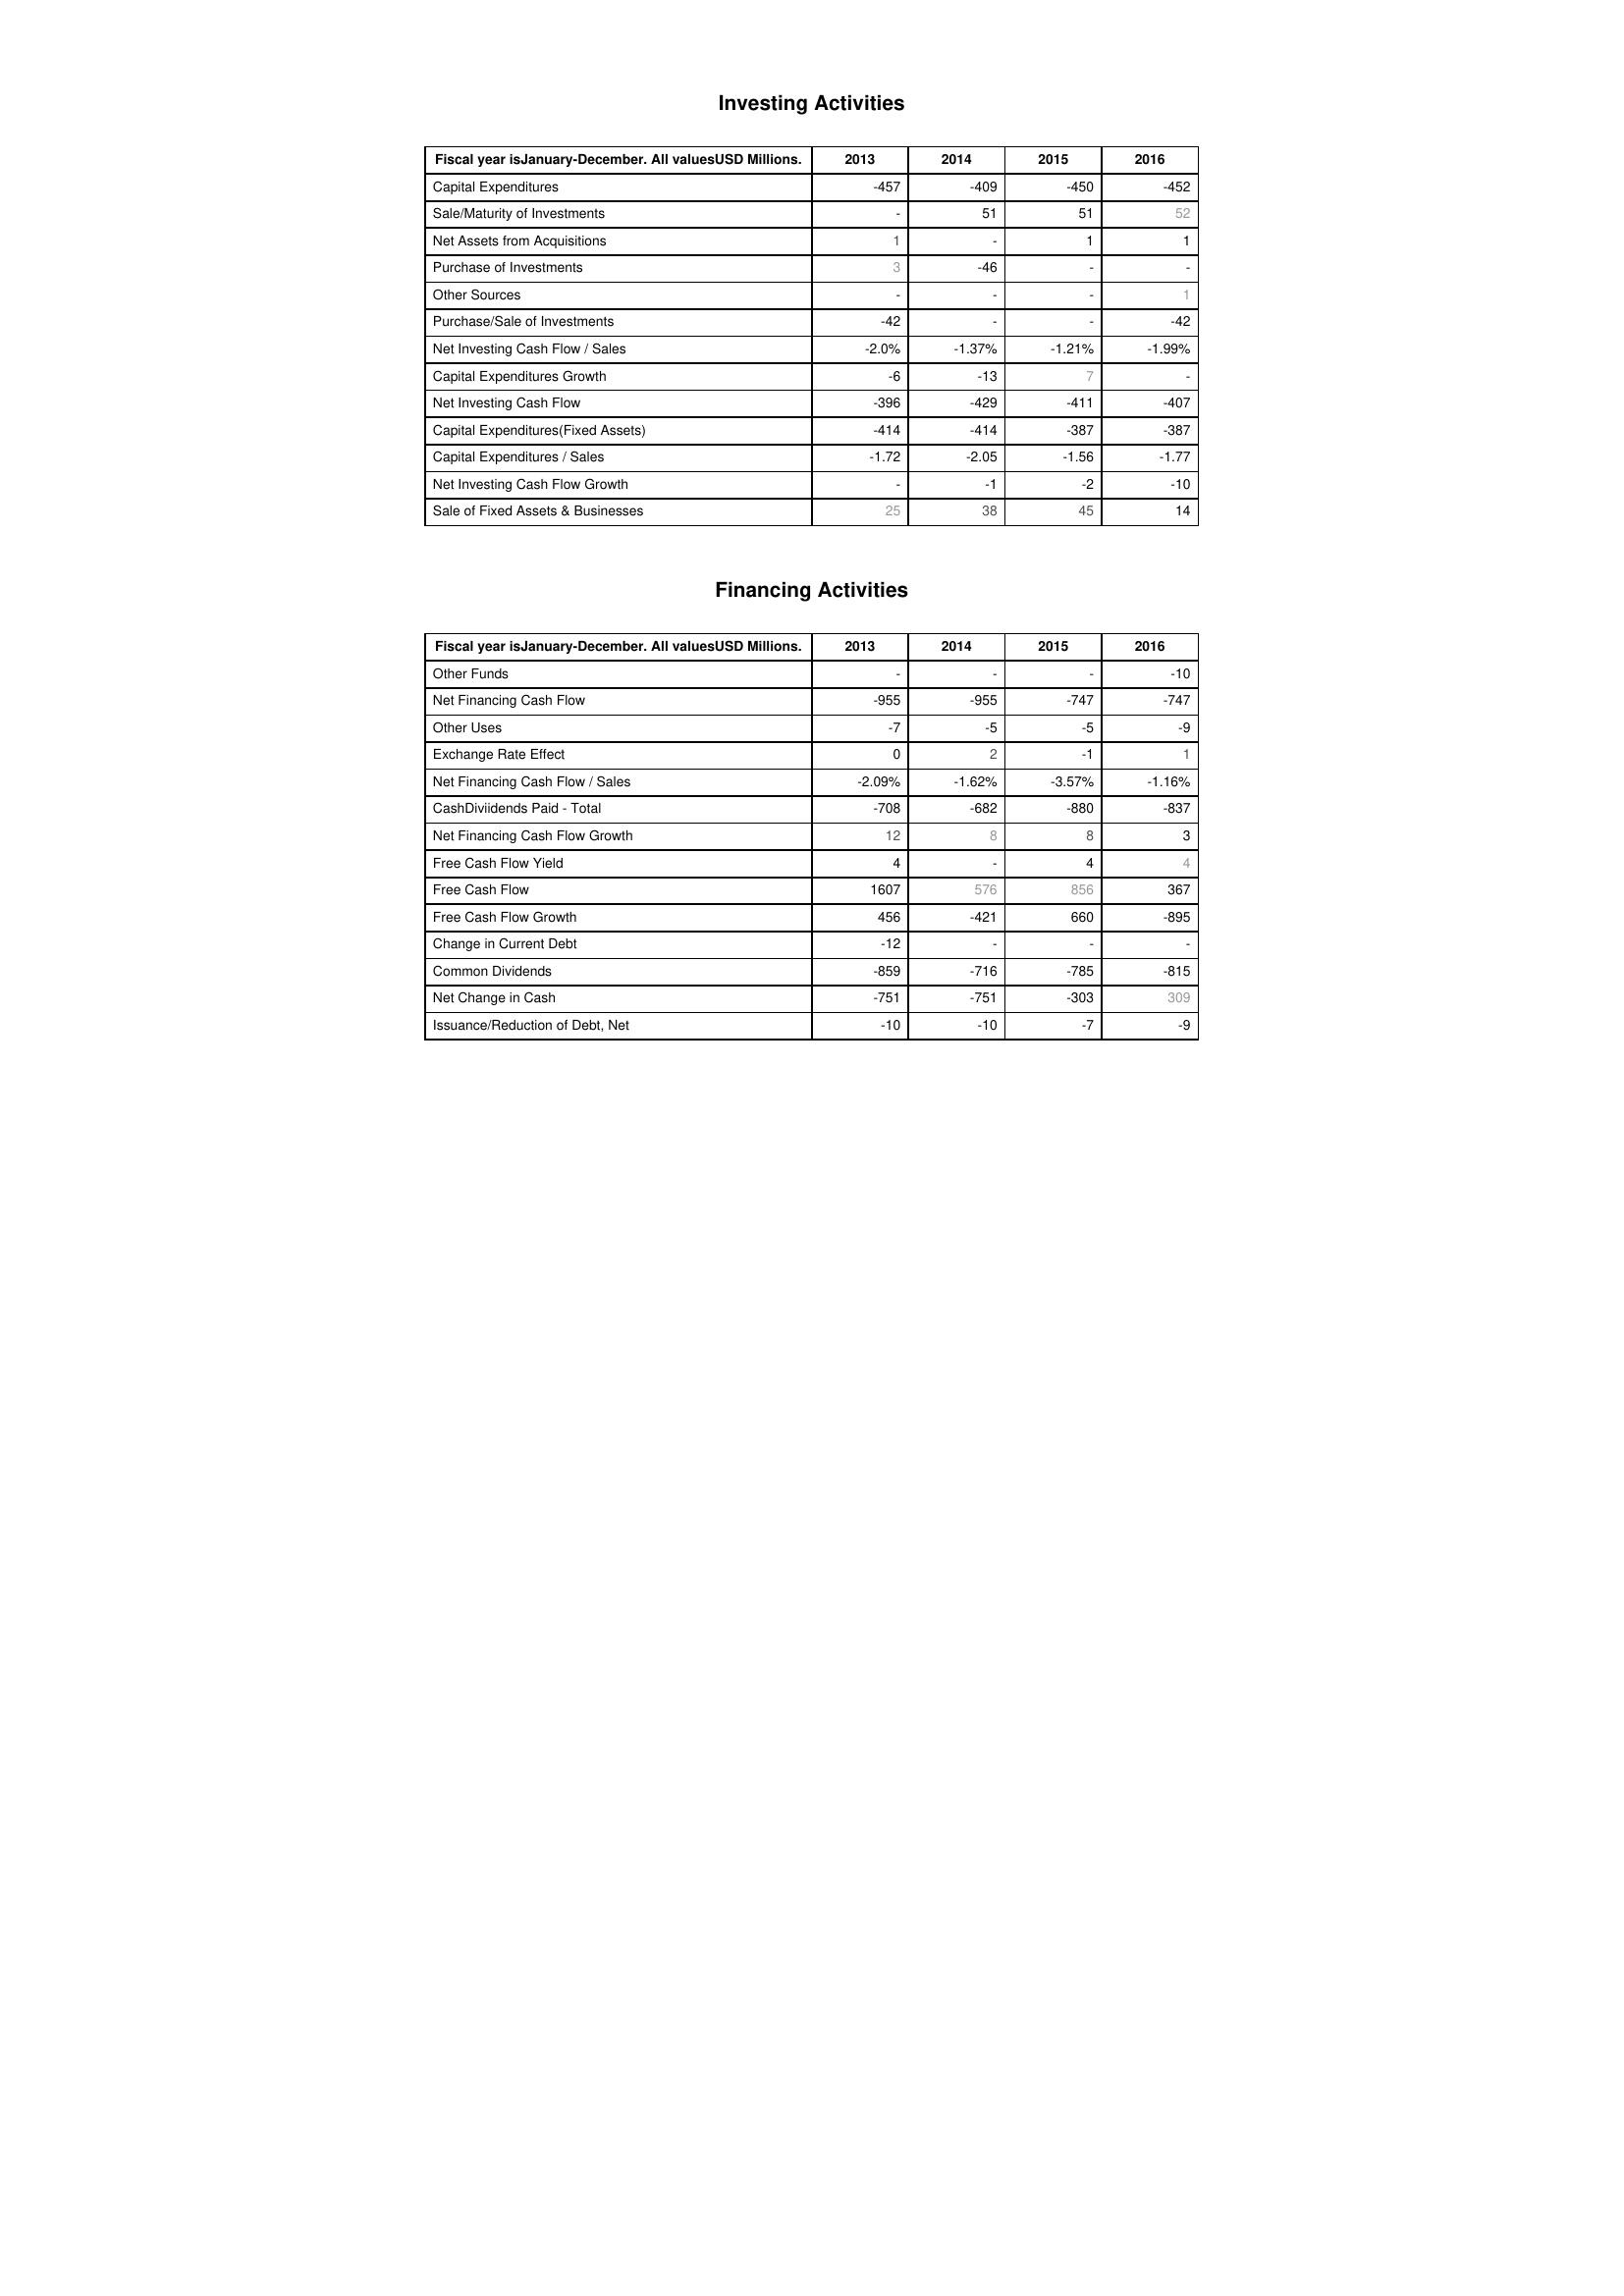
2013: Investing Activities: Capital Expenditures: -457
Sale/Maturity of Investments: -
Net Assets from Acquisitions: 1
Purchase of Investments: 3
Other Sources: -
Purchase/Sale of Investments: -42
Net Investing Cash Flow / Sales: -2.0%
Capital Expenditures Growth: -6
Net Investing Cash Flow: -396
Capital Expenditures(Fixed Assets): -414
Capital Expenditures / Sales: -1.72
Net Investing Cash Flow Growth: -
Sale of Fixed Assets & Businesses: 25
Financing Activities: Other Funds: -
Net Financing Cash Flow: -955
Other Uses: -7
Exchange Rate Effect: 0
Net Financing Cash Flow / Sales: -2.09%
CashDiviidends Paid - Total: -708
Net Financing Cash Flow Growth: 12
Free Cash Flow Yield: 4
Free Cash Flow: 1607
Free Cash Flow Growth: 456
Change in Current Debt: -12
Common Dividends: -859
Net Change in Cash: -751
Issuance/Reduction of Debt, Net: -10
2014: Investing Activities: Capital Expenditures: -409
Sale/Maturity of Investments: 51
Net Assets from Acquisitions: -
Purchase of Investments: -46
Other Sources: -
Purchase/Sale of Investments: -
Net Investing Cash Flow / Sales: -1.37%
Capital Expenditures Growth: -13
Net Investing Cash Flow: -429
Capital Expenditures(Fixed Assets): -414
Capital Expenditures / Sales: -2.05
Net Investing Cash Flow Growth: -1
Sale of Fixed Assets & Businesses: 38
Financing Activities: Other Funds: -
Net Financing Cash Flow: -955
Other Uses: -5
Exchange Rate Effect: 2
Net Financing Cash Flow / Sales: -1.62%
CashDiviidends Paid - Total: -682
Net Financing Cash Flow Growth: 8
Free Cash Flow Yield: -
Free Cash Flow: 576
Free Cash Flow Growth: -421
Change in Current Debt: -
Common Dividends: -716
Net Change in Cash: -751
Issuance/Reduction of Debt, Net: -10
2015: Investing Activities: Capital Expenditures: -450
Sale/Maturity of Investments: 51
Net Assets from Acquisitions: 1
Purchase of Investments: -
Other Sources: -
Purchase/Sale of Investments: -
Net Investing Cash Flow / Sales: -1.21%
Capital Expenditures Growth: 7
Net Investing Cash Flow: -411
Capital Expenditures(Fixed Assets): -387
Capital Expenditures / Sales: -1.56
Net Investing Cash Flow Growth: -2
Sale of Fixed Assets & Businesses: 45
Financing Activities: Other Funds: -
Net Financing Cash Flow: -747
Other Uses: -5
Exchange Rate Effect: -1
Net Financing Cash Flow / Sales: -3.57%
CashDiviidends Paid - Total: -880
Net Financing Cash Flow Growth: 8
Free Cash Flow Yield: 4
Free Cash Flow: 856
Free Cash Flow Growth: 660
Change in Current Debt: -
Common Dividends: -785
Net Change in Cash: -303
Issuance/Reduction of Debt, Net: -7
2016: Investing Activities: Capital Expenditures: -452
Sale/Maturity of Investments: 52
Net Assets from Acquisitions: 1
Purchase of Investments: -
Other Sources: 1
Purchase/Sale of Investments: -42
Net Investing Cash Flow / Sales: -1.99%
Capital Expenditures Growth: -
Net Investing Cash Flow: -407
Capital Expenditures(Fixed Assets): -387
Capital Expenditures / Sales: -1.77
Net Investing Cash Flow Growth: -10
Sale of Fixed Assets & Businesses: 14
Financing Activities: Other Funds: -10
Net Financing Cash Flow: -747
Other Uses: -9
Exchange Rate Effect: 1
Net Financing Cash Flow / Sales: -1.16%
CashDiviidends Paid - Total: -837
Net Financing Cash Flow Growth: 3
Free Cash Flow Yield: 4
Free Cash Flow: 367
Free Cash Flow Growth: -895
Change in Current Debt: -
Common Dividends: -815
Net Change in Cash: 309
Issuance/Reduction of Debt, Net: -9